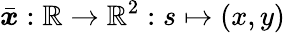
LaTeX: \bar{\boldsymbol{x}}:\mathbb{R}\rightarrow\mathbb{R}^{2}:s\mapsto\left(x,y\right)